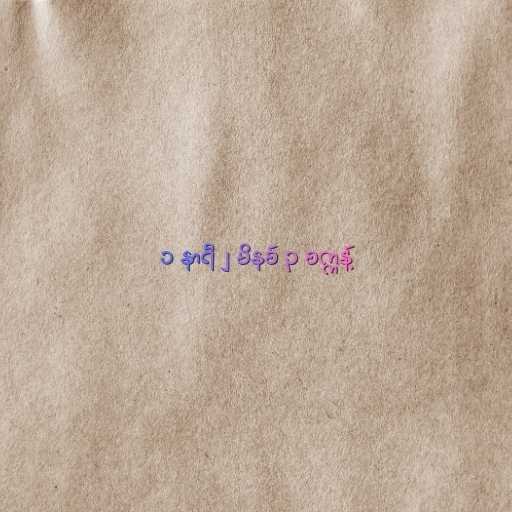
၁ နာရီ ၂ မိနစ် ၃ စက္ကန့်